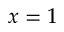
x = 1